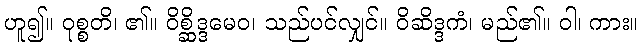
ဟူ၍။ ဝုစ္စတိ၊ ၏။ ဝိစ္ဆိဒ္ဒမေဝ၊ သည်ပင်လျှင်။ ဝိဆိဒ္ဒကံ၊ မည်၏။ ဝါ၊ ကား။